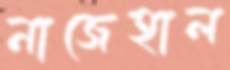
নাজেহাল